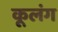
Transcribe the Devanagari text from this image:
कूलंग